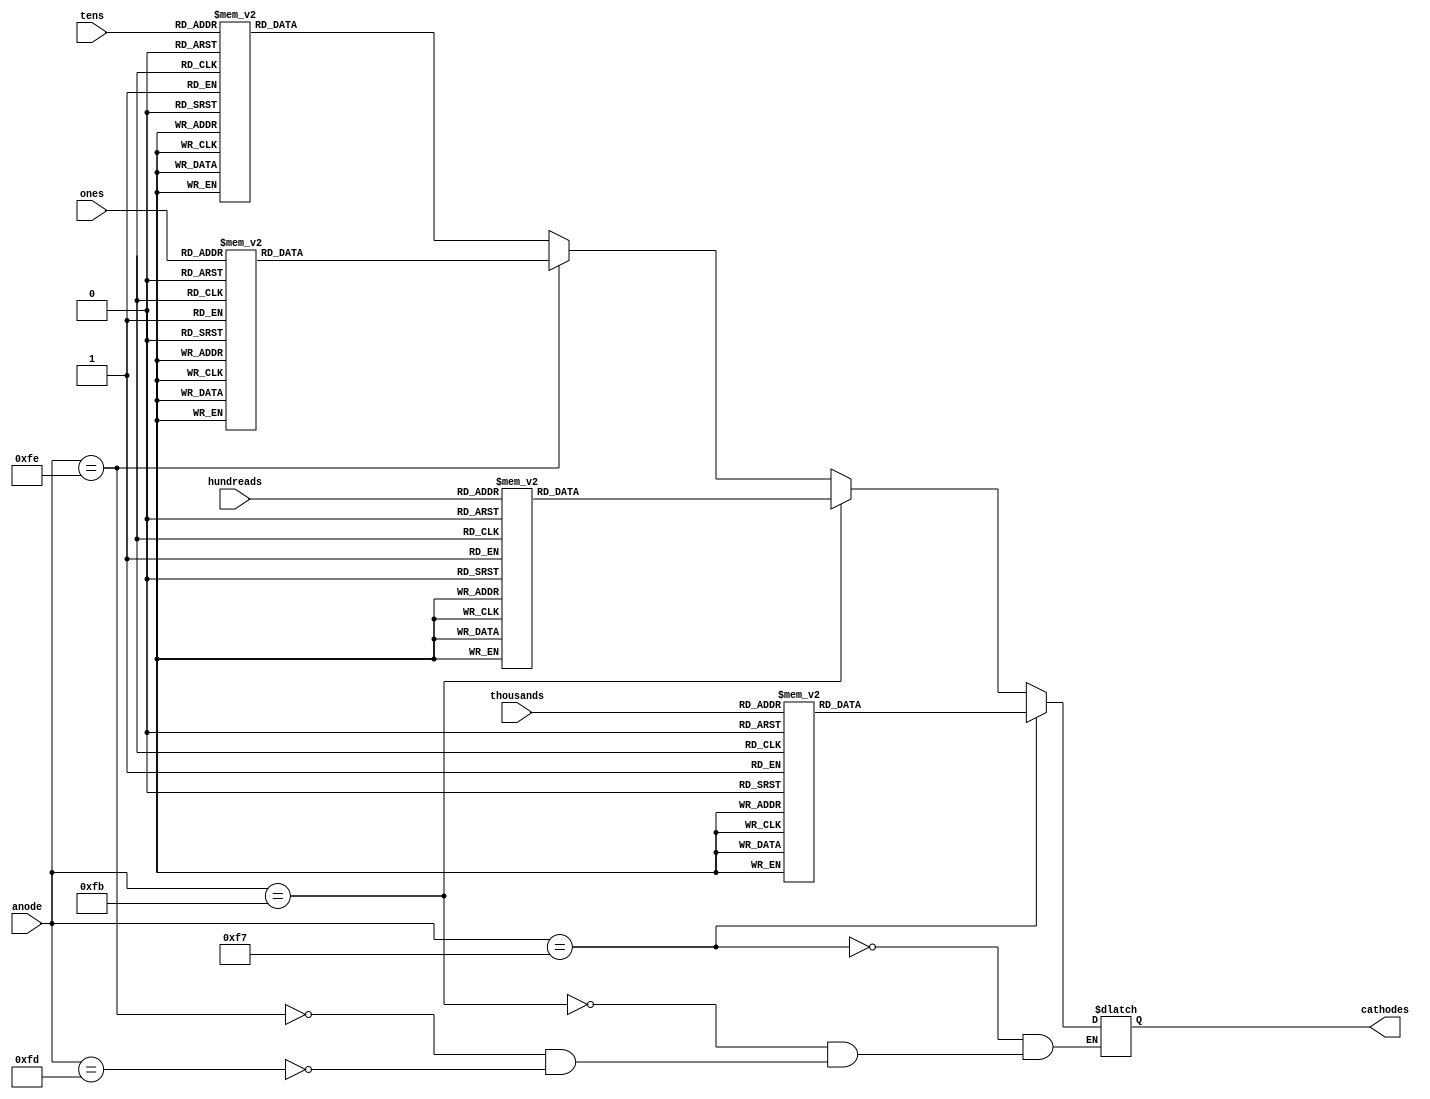
`timescale 1ns / 1ps
//////////////////////////////////////////////////////////////////////////////////
// Company: LS
// 
// Design Name: 
// Module Name: Cathode_Controller
// Project Name: 
// Target Devices: 
// Tool Versions: 
// Description: 
// 
// Dependencies: 
// 
// Revision:
// Revision 0.01 - File Created
// Additional Comments:
// 
//////////////////////////////////////////////////////////////////////////////////


module Cathode_Controller(
                          input [3:0] ones,       		// gives information about ones place 	
		                  input [3:0] tens,      		// gives information about tens place
		                  input [3:0] hundreads,			// gives information about hundreads place
		                  input [3:0] thousands,
                          input [7:0] anode,
                          output reg [7:0] cathodes = 0
);

always@ (anode)

begin
        if (anode == 8'b1111_1110) begin
        case(ones)
        4'd0: 
                cathodes <= 8'b11000000;//////zero
        4'd1: 
                cathodes <= 8'b11111001;//////one
        4'd2: 
                cathodes <= 8'b10100100;//////two
        4'd3: 
                cathodes <= 8'b10110000;//////three
        4'd4: 
                cathodes <= 8'b10011001;//////four
        4'd5: 
                cathodes <= 8'b10010010;//////five
        4'd6: 
                cathodes <= 8'b10000010;//////six
        4'd7: 
                cathodes <= 8'b11111000;//////seven
        4'd8: 
                cathodes <= 8'b10000000;//////eight
        4'd9: 
                cathodes <= 8'b10010000;//////nine
        default: 
                cathodes <= 8'b11000000;////// koi bhi or case 
        endcase
        end
        
        else if (anode == 8'b1111_1101) begin
        case(tens)
        4'd0: 
                cathodes <= 8'b11000000;//////zero
        4'd1: 
                cathodes <= 8'b11111001;//////one
        4'd2: 
                cathodes <= 8'b10100100;//////two
        4'd3: 
                cathodes <= 8'b10110000;//////three
        4'd4: 
                cathodes <= 8'b10011001;//////four
        4'd5: 
                cathodes <= 8'b10010010;//////five
        4'd6: 
                cathodes <= 8'b10000010;//////six
        4'd7: 
                cathodes <= 8'b11111000;//////seven
        4'd8: 
                cathodes <= 8'b10000000;//////eight
        4'd9: 
                cathodes <= 8'b10010000;//////nine
        default: 
                cathodes <= 8'b11000000;////// koi bhi or case 
        endcase
        end
        
        if (anode == 48'b1111_1011) begin
        case(hundreads)
        4'd0: 
                cathodes <= 8'b11000000;//////zero
        4'd1: 
                cathodes <= 8'b11111001;//////one
        4'd2: 
                cathodes <= 8'b10100100;//////two
        4'd3: 
                cathodes <= 8'b10110000;//////three
        4'd4: 
                cathodes <= 8'b10011001;//////four
        4'd5: 
                cathodes <= 8'b10010010;//////five
        4'd6: 
                cathodes <= 8'b10000010;//////six
        4'd7: 
                cathodes <= 8'b11111000;//////seven
        4'd8: 
                cathodes <= 8'b10000000;//////eight
        4'd9: 
                cathodes <= 8'b10010000;//////nine
        default: 
                cathodes <= 8'b11000000;////// koi bhi or case 
        endcase
        end
        
        if (anode == 8'b1111_0111) begin
        case(thousands)
        4'd0: 
                cathodes <= 8'b11000000;//////zero
        4'd1: 
                cathodes <= 8'b11111001;//////one
        4'd2: 
                cathodes <= 8'b10100100;//////two
        4'd3: 
                cathodes <= 8'b10110000;//////three
        4'd4: 
                cathodes <= 8'b10011001;//////four
        4'd5: 
                cathodes <= 8'b10010010;//////five
        4'd6: 
                cathodes <= 8'b10000010;//////six
        4'd7: 
                cathodes <= 8'b11111000;//////seven
        4'd8: 
                cathodes <= 8'b10000000;//////eight
        4'd9: 
                cathodes <= 8'b10010000;//////nine
        default: 
                cathodes <= 8'b11000000;////// koi bhi or case 
        endcase
        end
end
endmodule